Civil Veterinary Dept. North-West Frontier Province 1901-22 - 1901-1922
Year: 1901
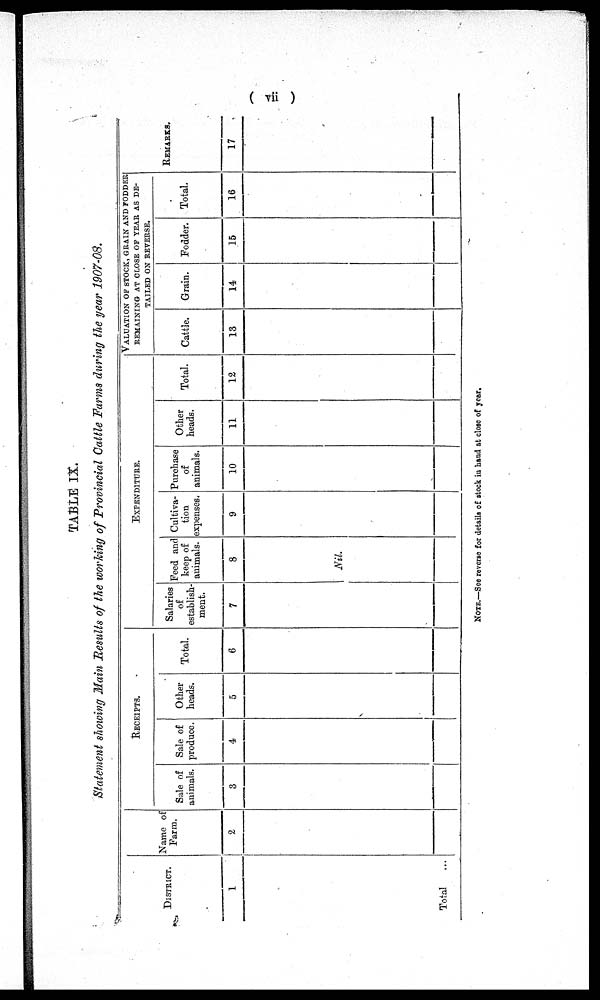
(vii)
TABLE IX.
Statement showing Main Results of the working of Provincial Cattle Farms during the year 1907-08.
DISTRICT.
1
Total
...
Name of
Farm.
2
RECEIPTS.
Sale of
animals.
3
Sale of
produce.
4
Other
heads.
5
Total.
6
EXPENDITURE.
Salaries
of
establish-
ment.
7
Feed and
keep of
animals.
8
Nil.
Cultiva-
tion
expenses.
9
Purchase
of
animals.
10
Other
heads.
11
Total.
12
VALUATION OF STOCK, GRAIN AND FODDER
REMAINING AT CLOSE OF YEAR AS DE-
TAILED ON REVERSE.
Cattle.
13
Grain.
14
Fodder.
15
Total.
16
REMARKS.
17
NOTE.—See reverse for details of stock in hand at close of year.